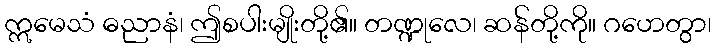
ဣမေသံ ဓညာနံ၊ ဤစပါးမျိုးတို့၏။ တဏ္ဍုလေ၊ ဆန်တို့ကို။ ဂဟေတွာ၊